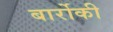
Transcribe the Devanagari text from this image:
बार्रोकी